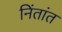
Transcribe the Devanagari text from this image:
निंतांत